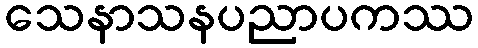
သေနာသနပညာပကဿ